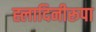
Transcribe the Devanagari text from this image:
ह्लादिनीरूपा